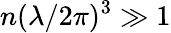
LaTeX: n(\lambda/2\pi)^{3}\gg 1